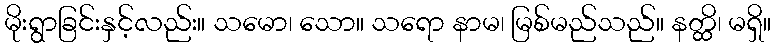
မိုးရွာခြင်းနှင့်လည်း။ သမော၊ သော။ သရော နာမ၊ မြစ်မည်သည်။ နတ္ထိ၊ မရှိ။